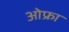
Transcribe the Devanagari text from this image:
ओफ्रा